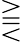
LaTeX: \gtreqqless